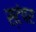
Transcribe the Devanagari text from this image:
स्टंपर